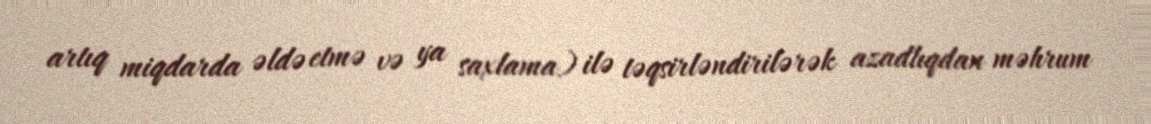
artıq miqdarda əldə etmə və ya saxlama) ilə təqsirləndirilərək azadlıqdan məhrum